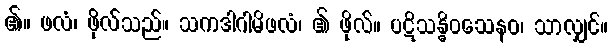
၏။ ဖလံ၊ ဖိုလ်သည်။ သကဒါဂါမိဖလံ၊ ၏ ဖိုလ်။ ပဋိသန္ဓိဝသေနဝ၊ သာလျှင်။